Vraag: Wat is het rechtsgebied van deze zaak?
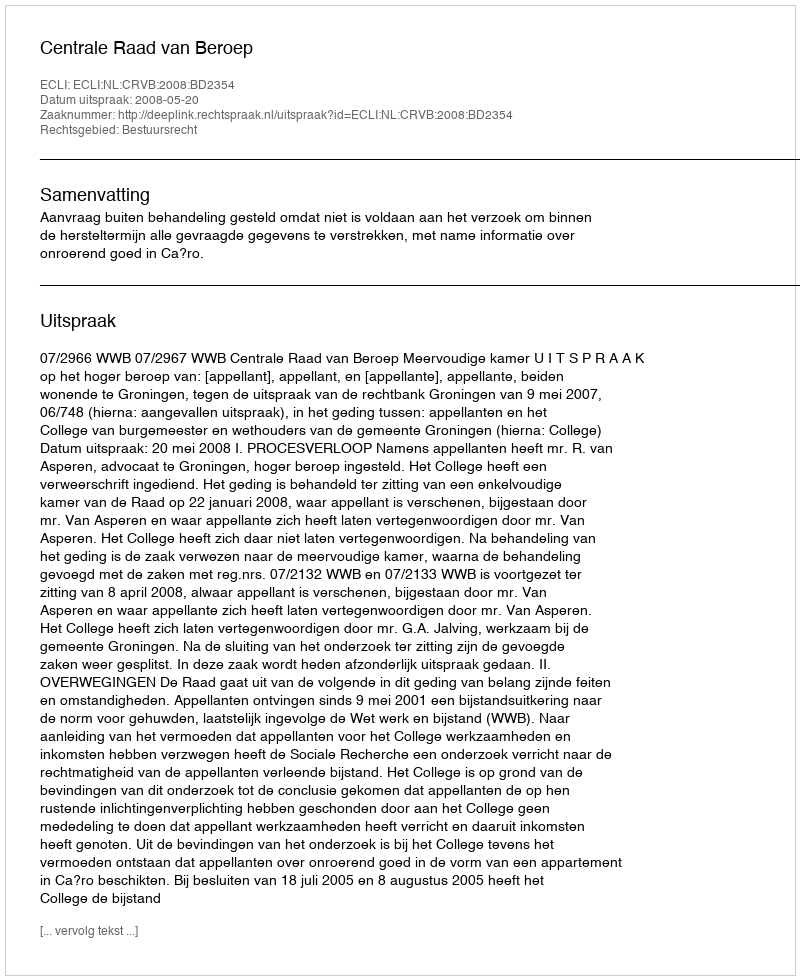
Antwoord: Bestuursrecht